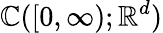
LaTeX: \mathbb{C}([0,\infty);\mathbb{{R}}^{d})